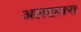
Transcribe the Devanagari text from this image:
अलख्ज़रा